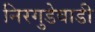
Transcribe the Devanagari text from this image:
निरगुडेवाडी